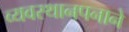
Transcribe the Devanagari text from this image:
व्यवस्थानपनाने